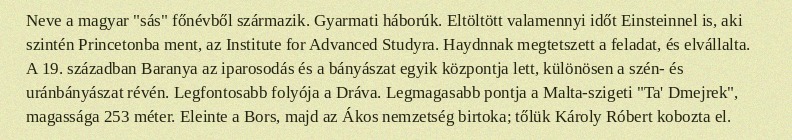
Neve a magyar "sás" főnévből származik. Gyarmati háborúk. Eltöltött valamennyi időt Einsteinnel is, aki szintén Princetonba ment, az Institute for Advanced Studyra. Haydnnak megtetszett a feladat, és elvállalta. A 19. században Baranya az iparosodás és a bányászat egyik központja lett, különösen a szén- és uránbányászat révén. Legfontosabb folyója a Dráva. Legmagasabb pontja a Malta-szigeti "Ta' Dmejrek", magassága 253 méter. Eleinte a Bors, majd az Ákos nemzetség birtoka; tőlük Károly Róbert kobozta el.